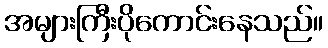
အများကြီးပိုကောင်းနေသည်။